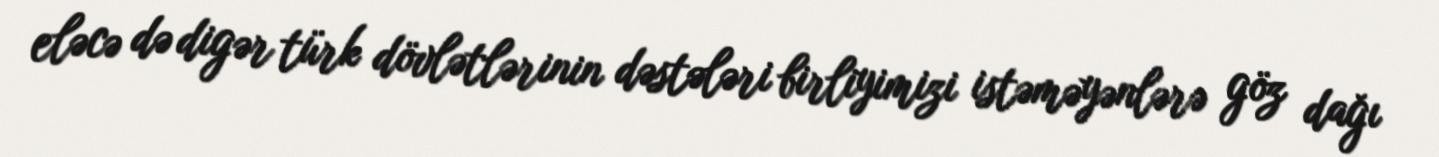
eləcə də digər türk dövlətlərinin dəstələri birliyimizi istəməyənlərə göz dağı